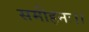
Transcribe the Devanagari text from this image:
समीहनः।।